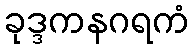
ခုဒ္ဒကနဂရကံ